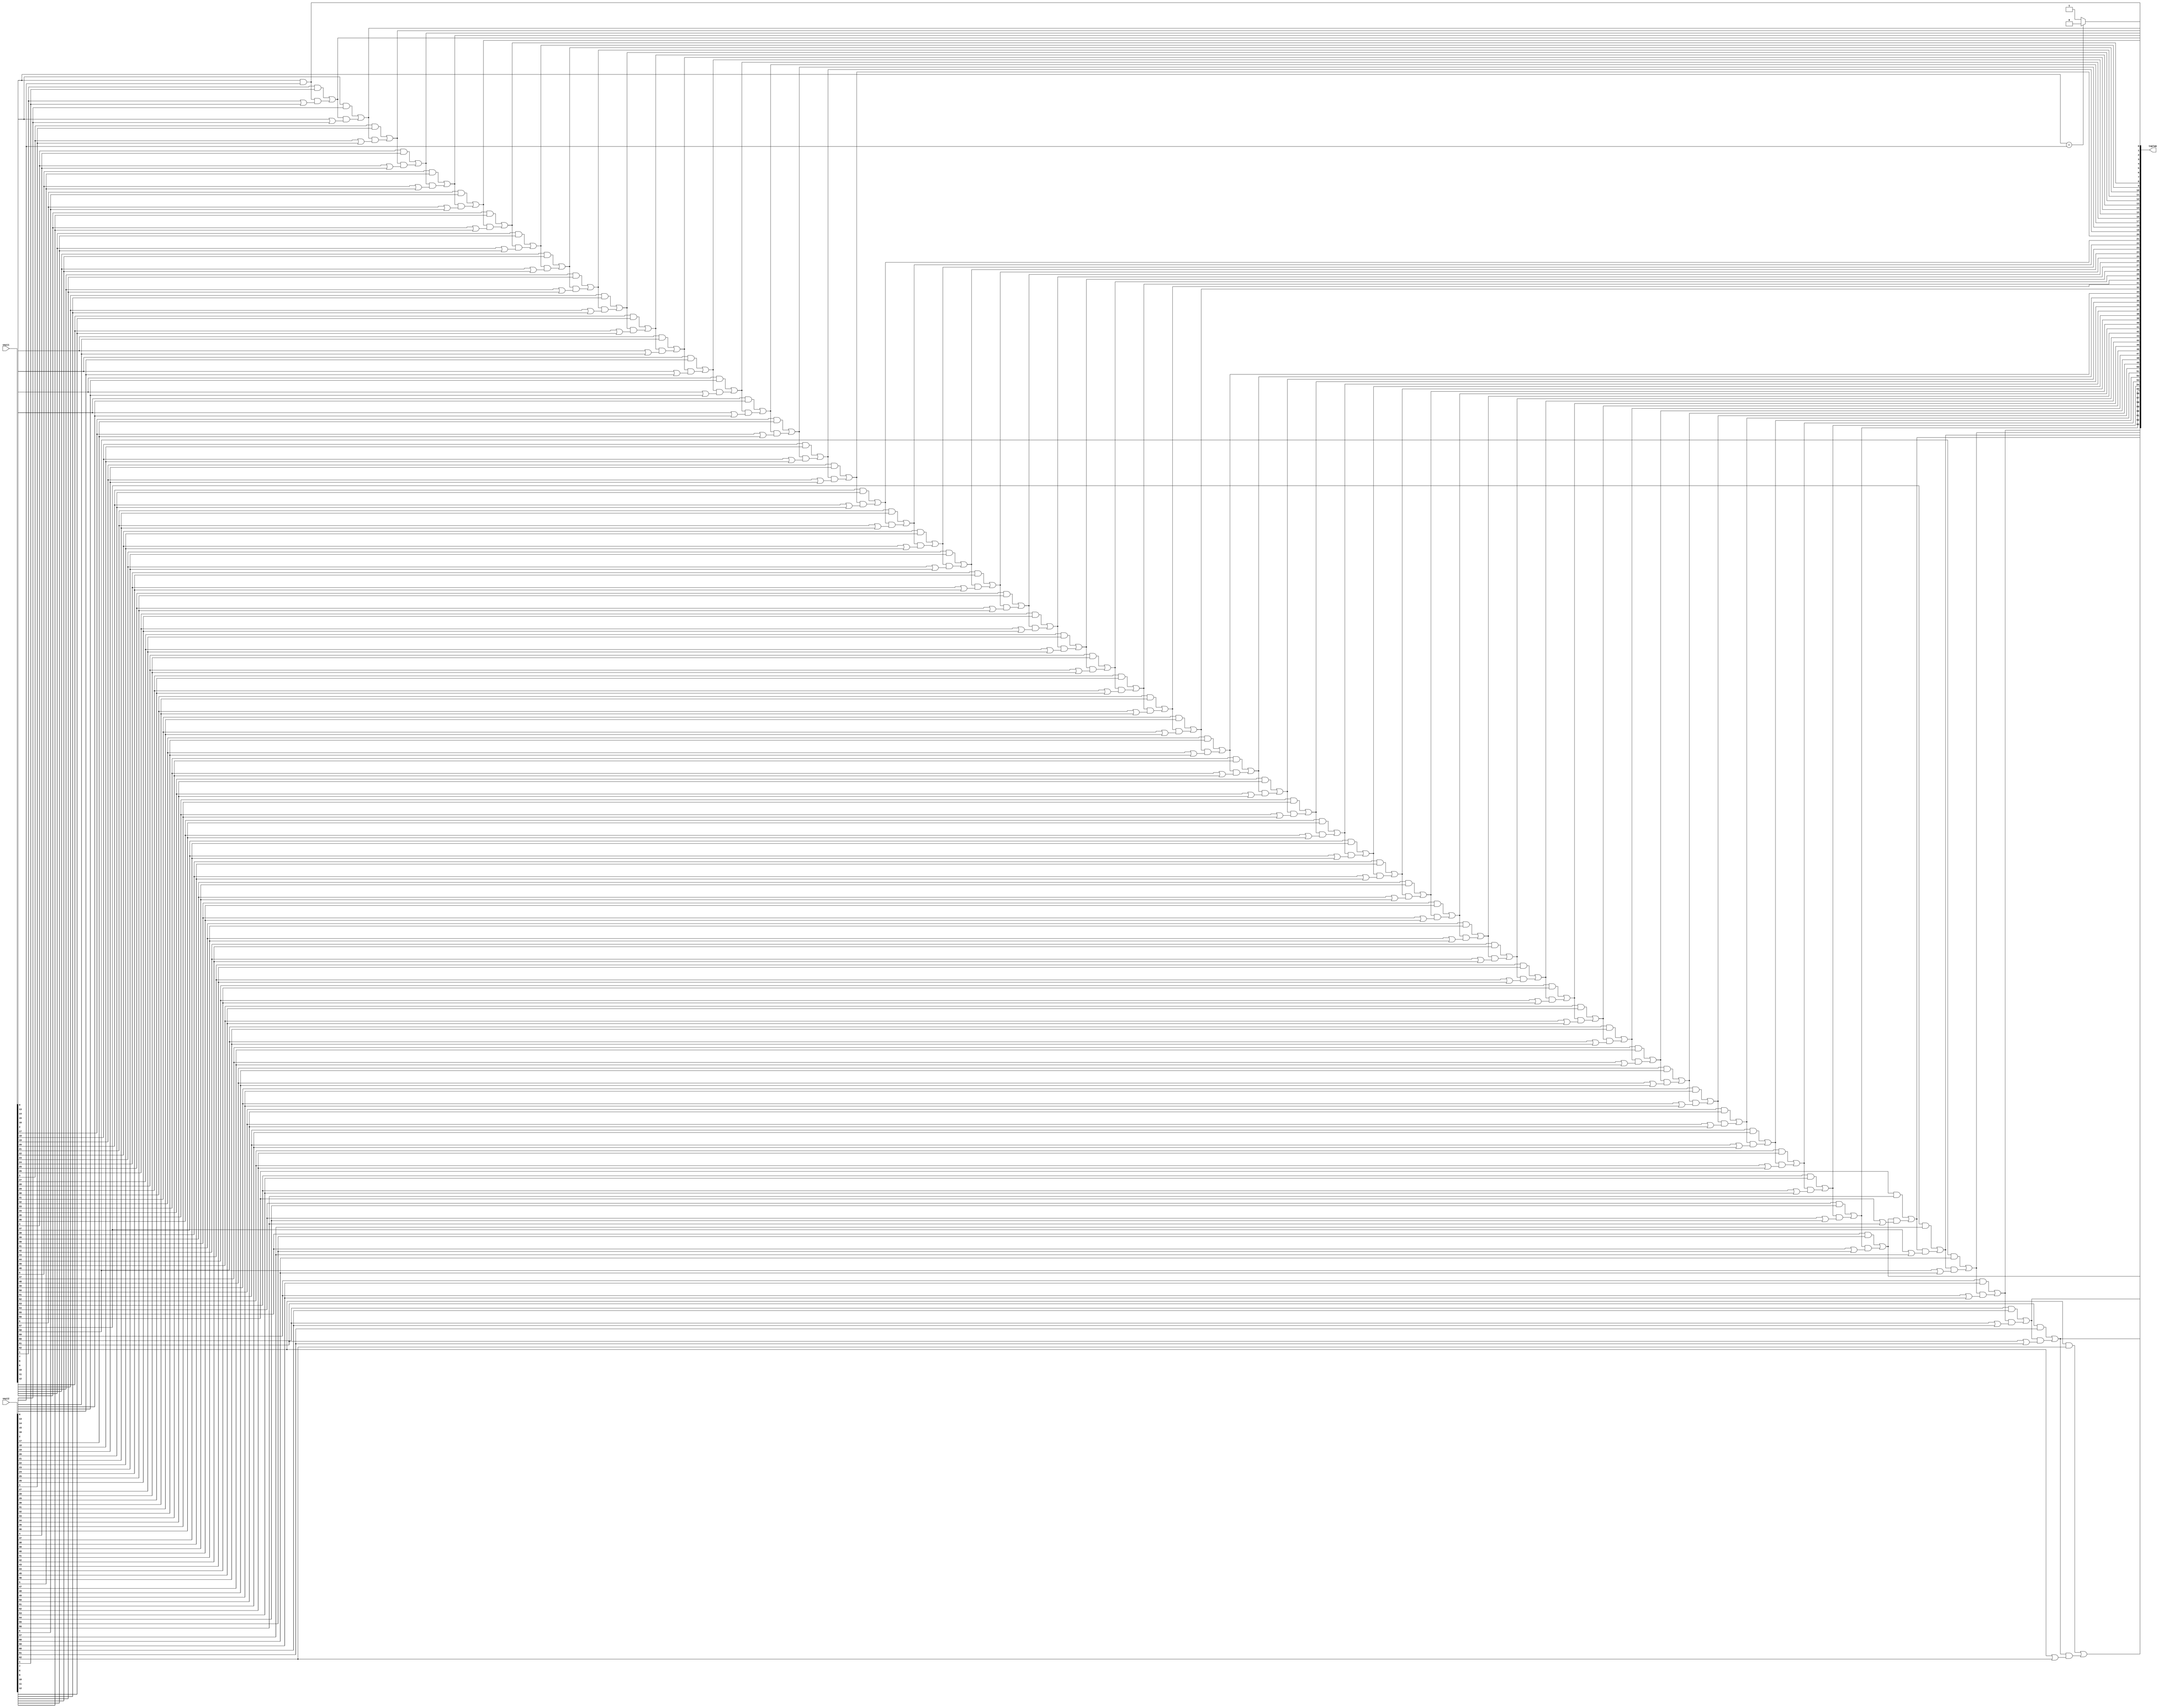
`timescale 1ns / 1ps

module parallel_prefix_adder(
    input [63:0] sayi1, sayi2,
    output [63:0] toplam
    );

    reg [62:0] g;
    reg [62:0] p;
    reg firstDigit;

    reg [7:0] i;

    always @(sayi1, sayi2) begin
        for (i = 0; i < 64; i = i + 1) begin
            if (i == 0) begin
                g[i] = sayi1[i] & sayi2[i];
                p[i] = sayi1[i] | sayi2[i];
            end
            else begin
                g[i] = sayi1[i] & sayi2[i] | g[i-1] & (sayi1[i] | sayi2[i]);
                p[i] = sayi1[i] | sayi2[i] | p[i-1] & (sayi1[i] & sayi2[i]);
            end
        end
        if (sayi1[0] == sayi2[0]) begin
            firstDigit = 1'b0;
        end
        else begin
            firstDigit = 1'b1;
        end
    end

    assign toplam = {g[62:0], firstDigit};

endmodule